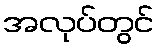
အလုပ်တွင်